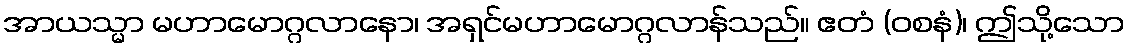
အာယသ္မာ မဟာမောဂ္ဂလာနော၊ အရှင်မဟာမောဂ္ဂလာန်သည်။ ဧတံ (ဝစနံ)၊ ဤသို့သော